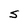
Character: S